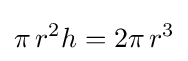
\pi \,r^{2}h=2\pi \,r^{3}